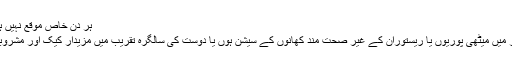
ہر دن خاص موقع نہیں ہوتا:
دفتر میں میٹھی پوریوں یا ریستوران کے غیر صحت مند کھانوں کے سیشن ہوں یا دوست کی سالگرہ تقریب میں مزیدار کیک اور مشروبات۔